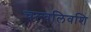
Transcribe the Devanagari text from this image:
चल्वलिवशि